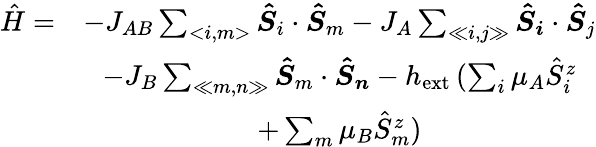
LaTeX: \begin{array}{rc}{\hat{H}=}&{-J_{AB}\sum_{<i,m>}\boldsymbol{\hat{S}}_{i}\cdot\boldsymbol{\hat{S}}_{m}-J_{A}\sum_{\ll i,j\gg}\boldsymbol{\hat{S}}_{\boldsymbol{i}}\cdot\boldsymbol{\hat{S}}_{j}}\\ &{-J_{B}\sum_{\ll m,n\gg}\boldsymbol{\hat{S}}_{m}\cdot\boldsymbol{\hat{S}}_{\boldsymbol{n}}-h_{\mathrm{ext~}}(\sum_{i}\mu_{A}\hat{S}_{i}^{z}}\\ &{+\sum_{m}\mu_{B}\hat{S}_{m}^{z})}\end{array}